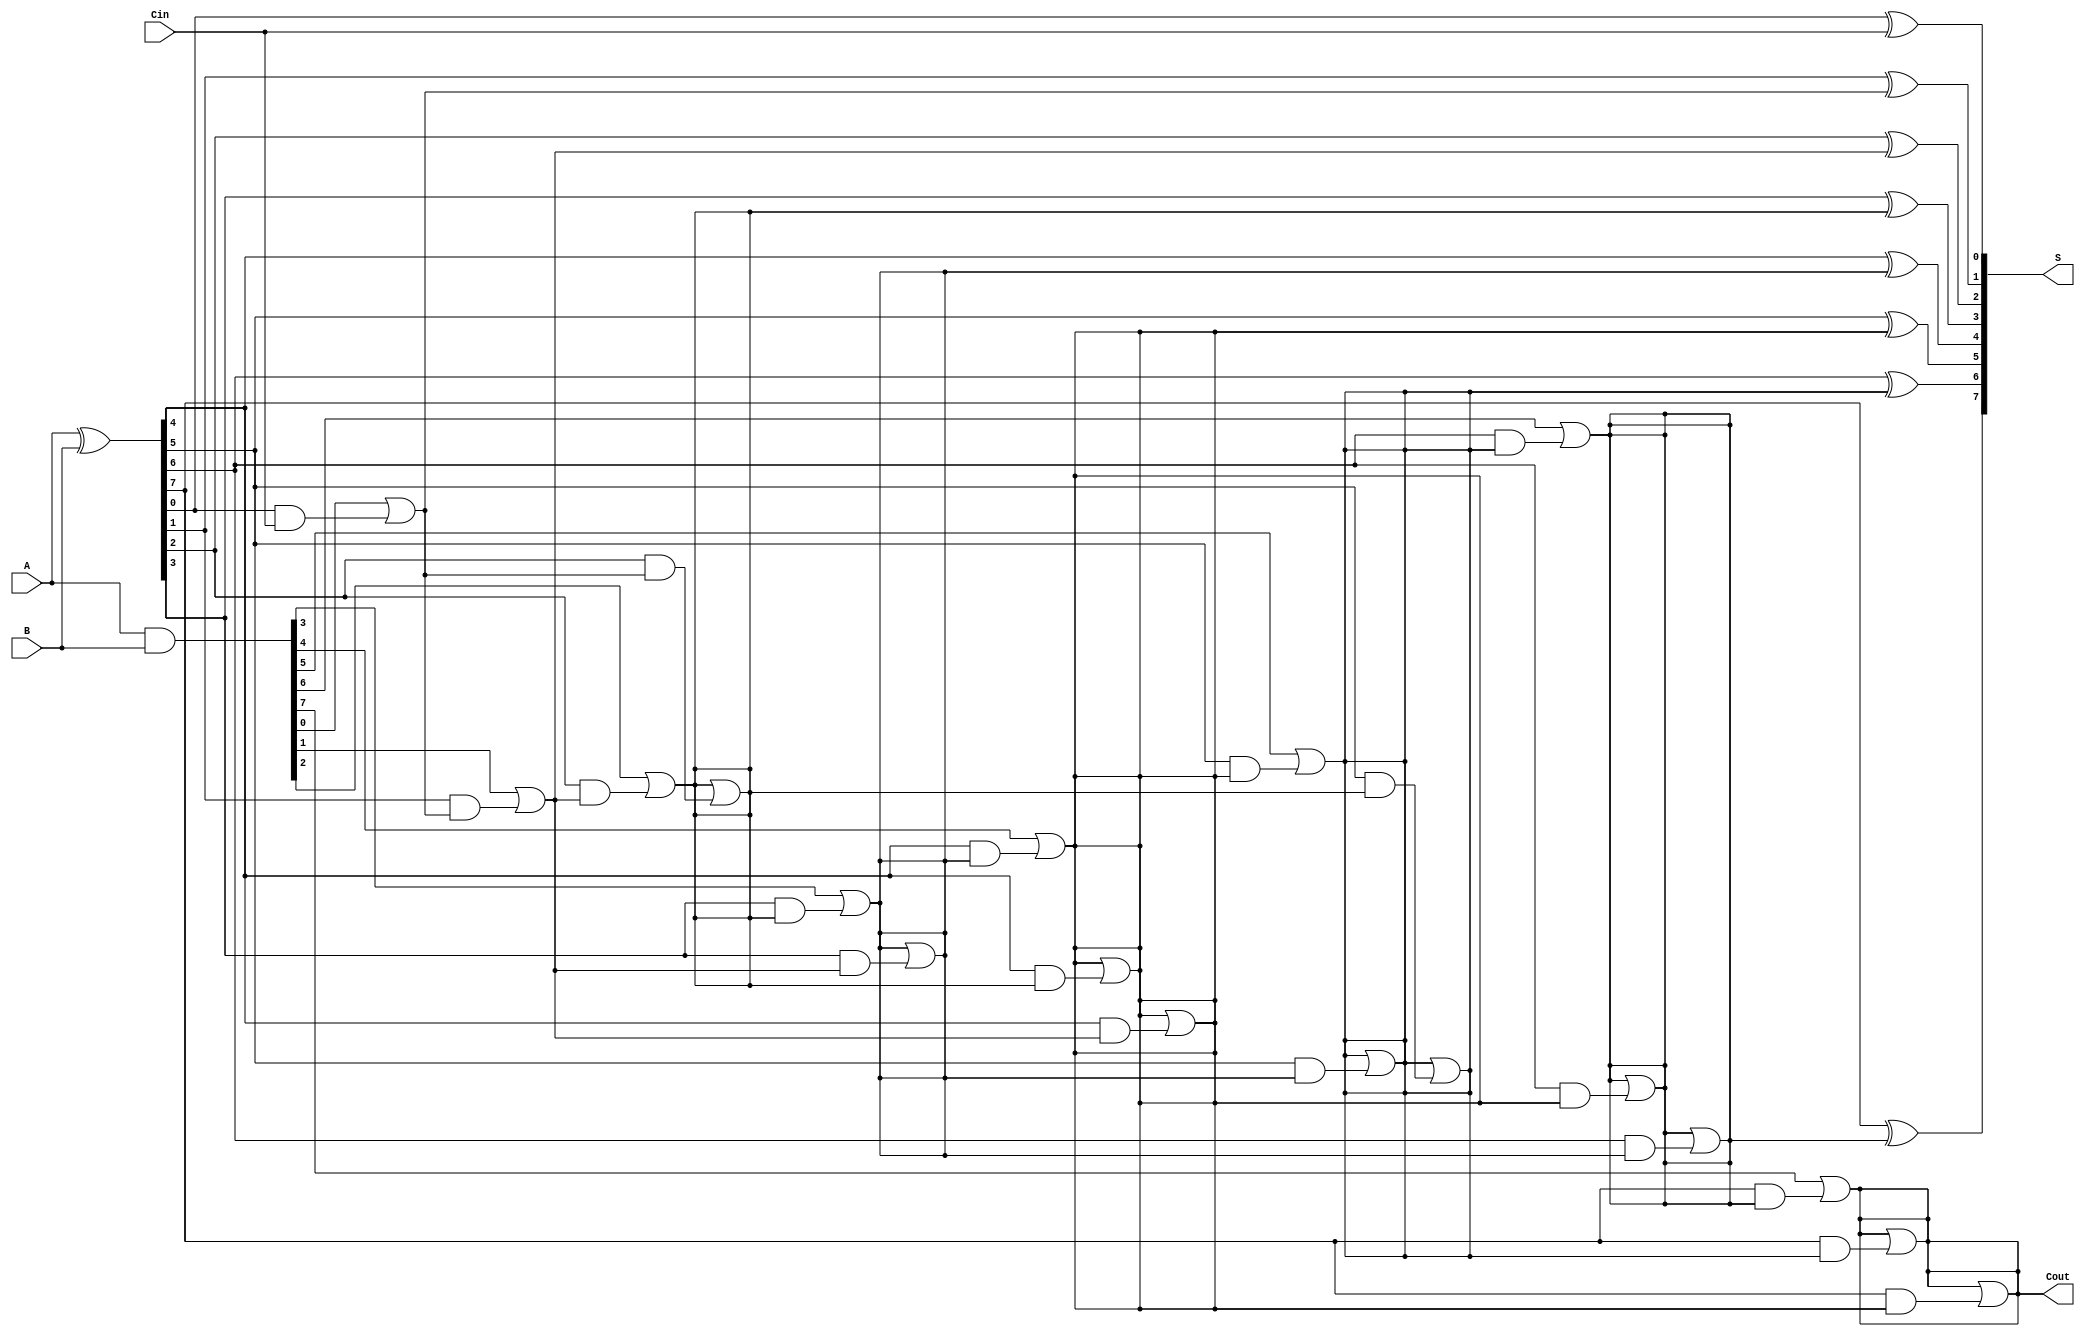
module KoggeStoneAdder #(parameter N = 8) (
    input  [N-1:0] A,      // First input
    input  [N-1:0] B,      // Second input
    input         Cin,      // Carry input
    output [N-1:0] S,      // Sum output
    output        Cout      // Carry output
);

    // Generate and Propagate signals
    wire [N-1:0] G; // Generate
    wire [N-1:0] P; // Propagate
    wire [N:0] C;    // Carry signals

    // Generate and Propagate calculations
    assign G = A & B;
    assign P = A ^ B;

    // Stage 0: Initial carry signals
    assign C[0] = Cin;

    // Carry generation for subsequent stages
    genvar i, j;
    generate
        for (i = 0; i < N; i = i + 1) begin : carry_generation_stage0
            assign C[i + 1] = G[i] | (P[i] & C[i]);
        end
    endgenerate

    // Additional stages for carry generation
    generate
        for (j = 1; j < $clog2(N); j = j + 1) begin : carry_generation_stages
            for (i = 0; i < N; i = i + 1) begin : carry_generation
                if (i >= (1 << j)) begin
                    assign C[i + 1] = C[i + 1] | (P[i] & C[i - (1 << (j - 1))]);
                end
            end
        end
    endgenerate

    // Sum calculation
    generate
        for (i = 0; i < N; i = i + 1) begin : sum_calculation
            assign S[i] = P[i] ^ C[i];
        end
    endgenerate

    // Final carry output
    assign Cout = C[N];

endmodule